38_143685_box_Incident_Summaries_101-172
Agency: Department of War
Page 43
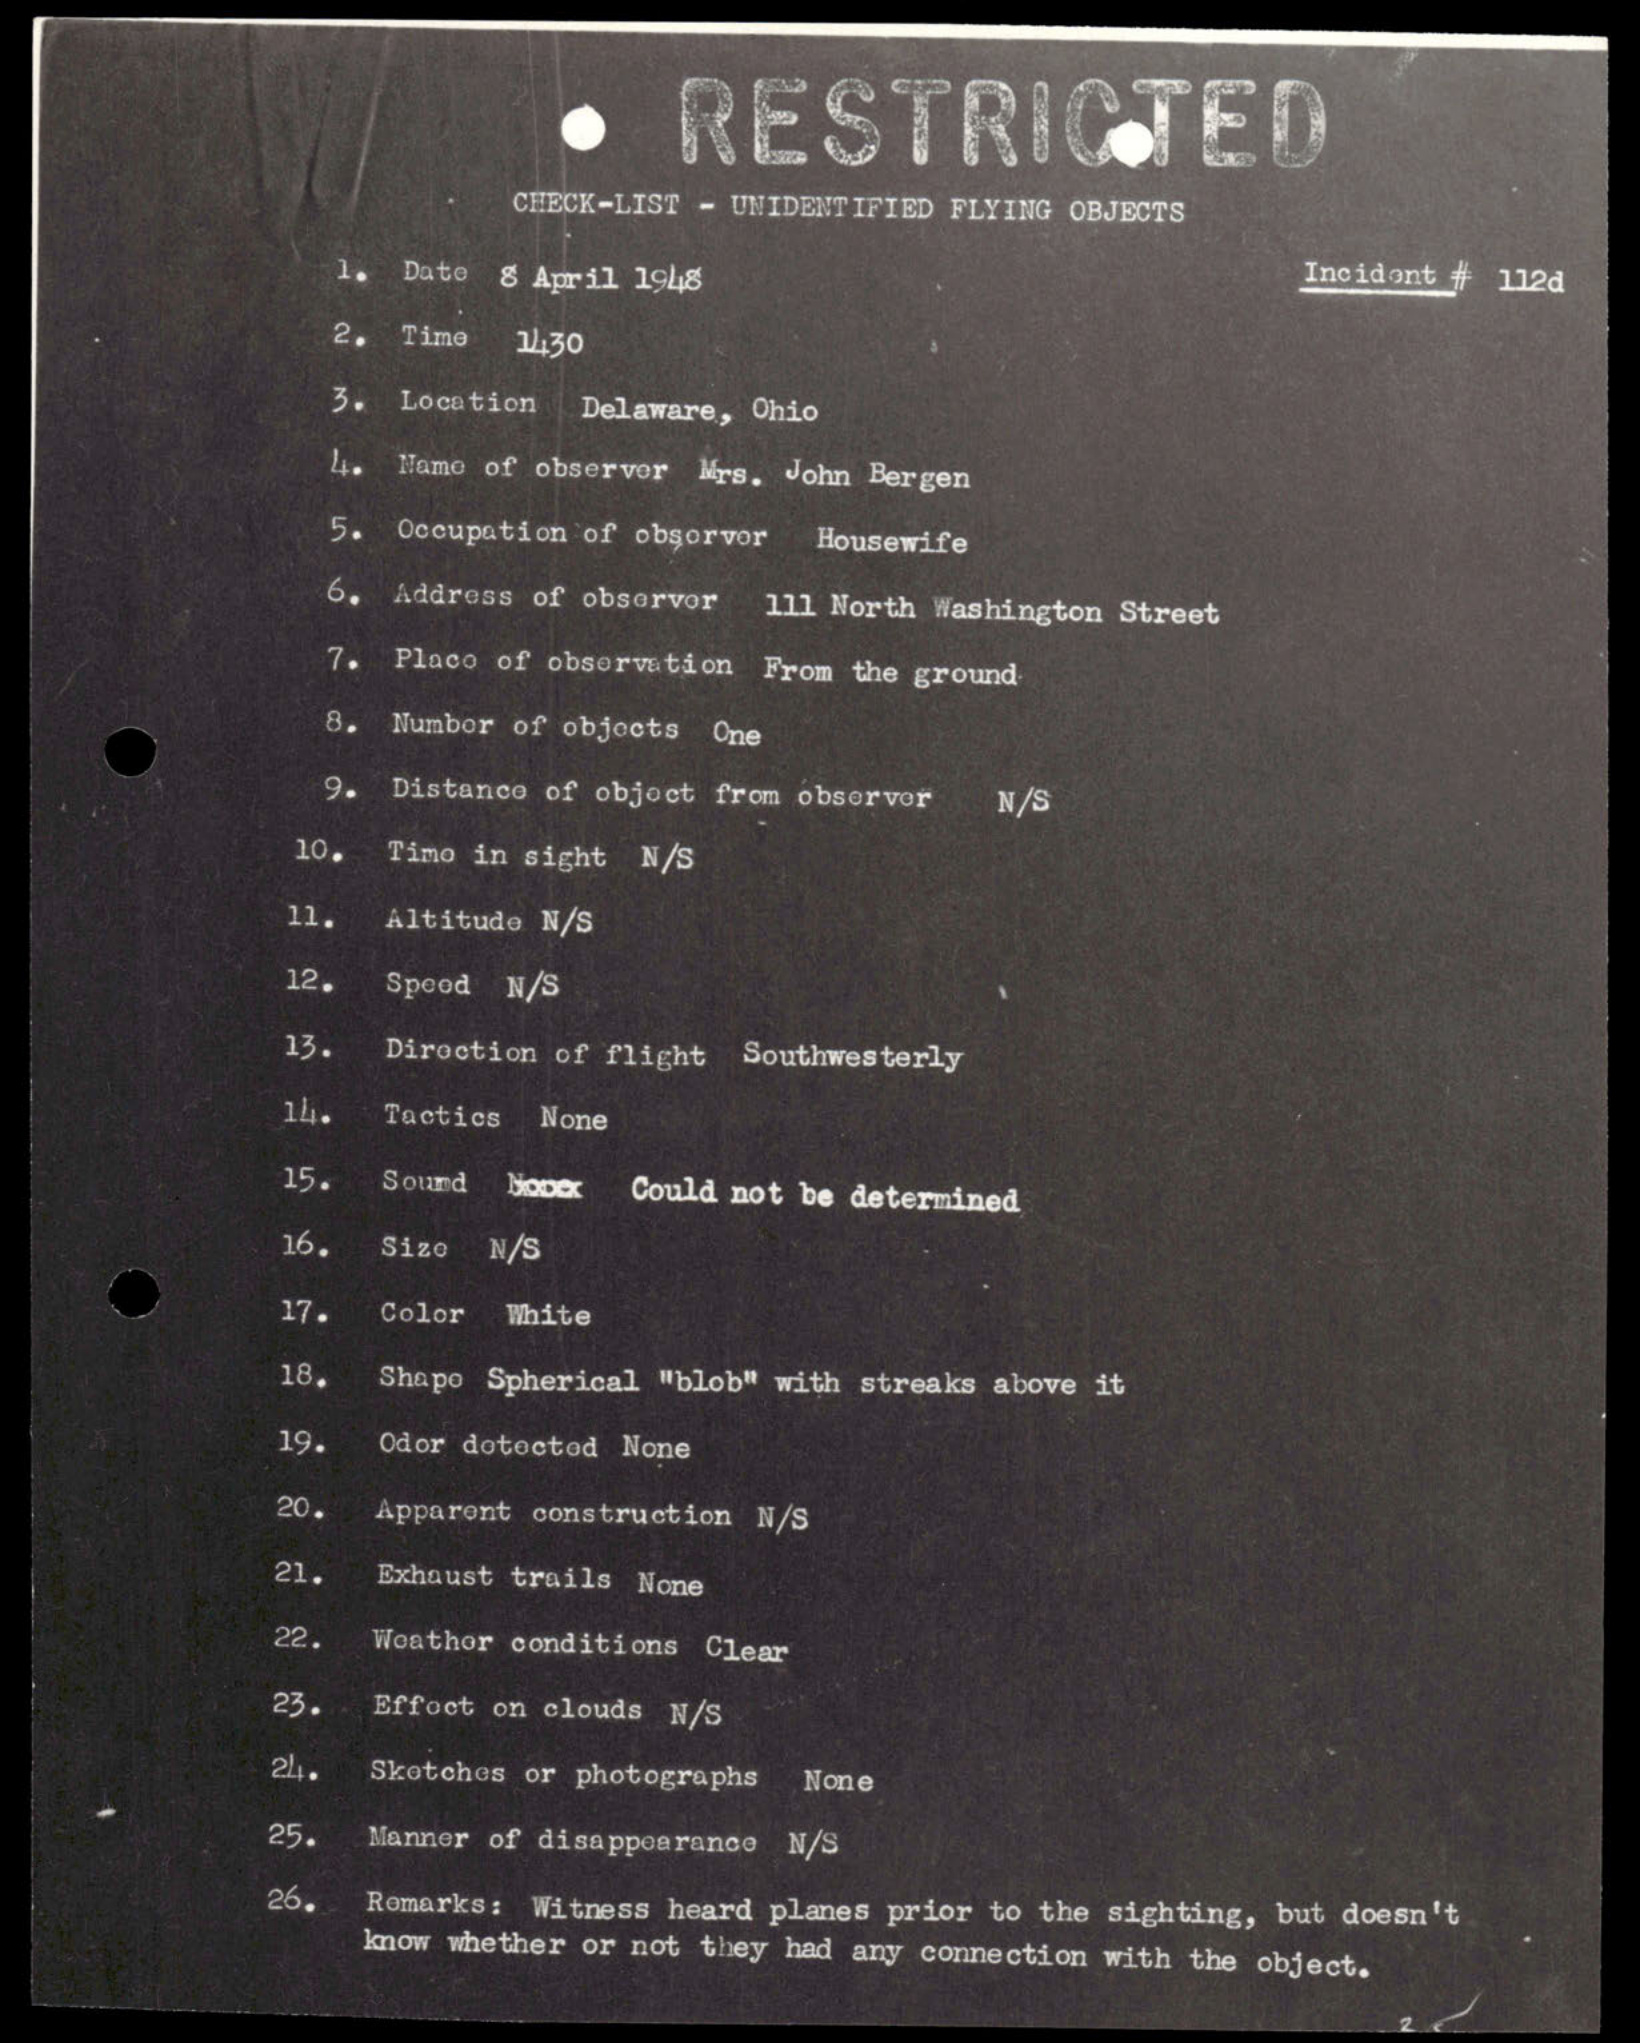